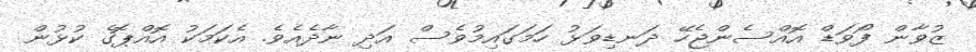
ޒުވާން ފޯވަޑް އޮއްސެންޖެހޭ ދަނޑިވަޅު ހަމަގައިމުވެސް އަދި ނާދެއެވެ. އެކަމަކު އޮއްޕޮގެ ކުޅުން